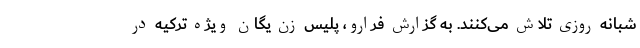
شبانه روزی تلاش می‌کنند. به گزارش فرارو، پلیس زن یگان ویژه ترکیه در